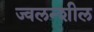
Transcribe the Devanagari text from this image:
ज्वलन्शील